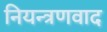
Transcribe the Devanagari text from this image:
नियन्त्रणवाद